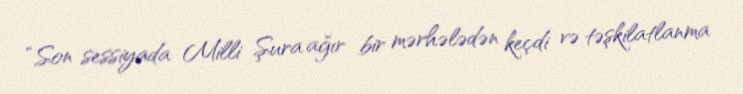
“Son sessiyada Milli Şura ağır bir mərhələdən keçdi və təşkilatlanma